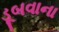
ડૂબવાના